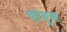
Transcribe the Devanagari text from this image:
बांबूस